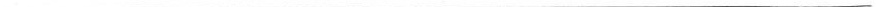
___